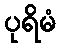
ပုရိမံ